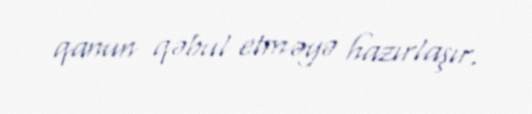
qanun qəbul etməyə hazırlaşır.